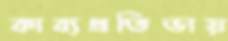
কাব্যপ্রতিভায়